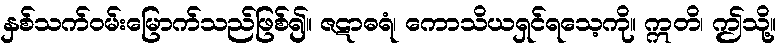
နှစ်သက်ဝမ်းမြောက်သည်ဖြစ်၍။ ဇဋာဓရံ၊ ကောသိယရှင်ရသေ့ကို။ ဣတိ၊ ဤသို့။